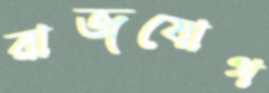
রাজযোগ